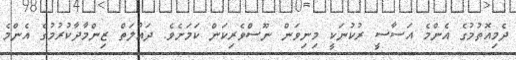
ދެމިއޮތުމުގެ އެންމެ އަސާސީ ރުކުނަކީ މިނިވަން ނޫސްވެރިކަން ކަމަށެވެ. ދައުލަތް ޒިންމާދާކުރުމުގެ އެންމެ